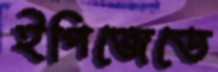
ইপিজেডে